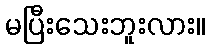
မပြီးသေးဘူးလား။